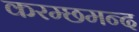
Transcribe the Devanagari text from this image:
करम्छमन्द